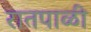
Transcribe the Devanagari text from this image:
रातपाळी